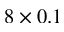
8 \times 0 . 1